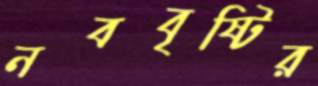
নববৃষ্টির